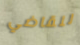
للقاضي